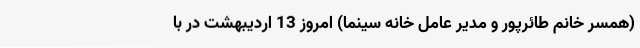
(همسر خانم طائرپور و مدیر عامل خانه سینما) امروز 13 اردیبهشت در با